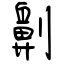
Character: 劓